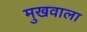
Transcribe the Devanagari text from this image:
मुखवाला